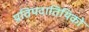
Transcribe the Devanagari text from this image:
प्रतिपदातिथिको